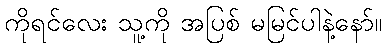
ကိုရင်လေး သူ့ကို အပြစ် မမြင်ပါနဲ့နော်။